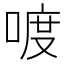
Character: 喥